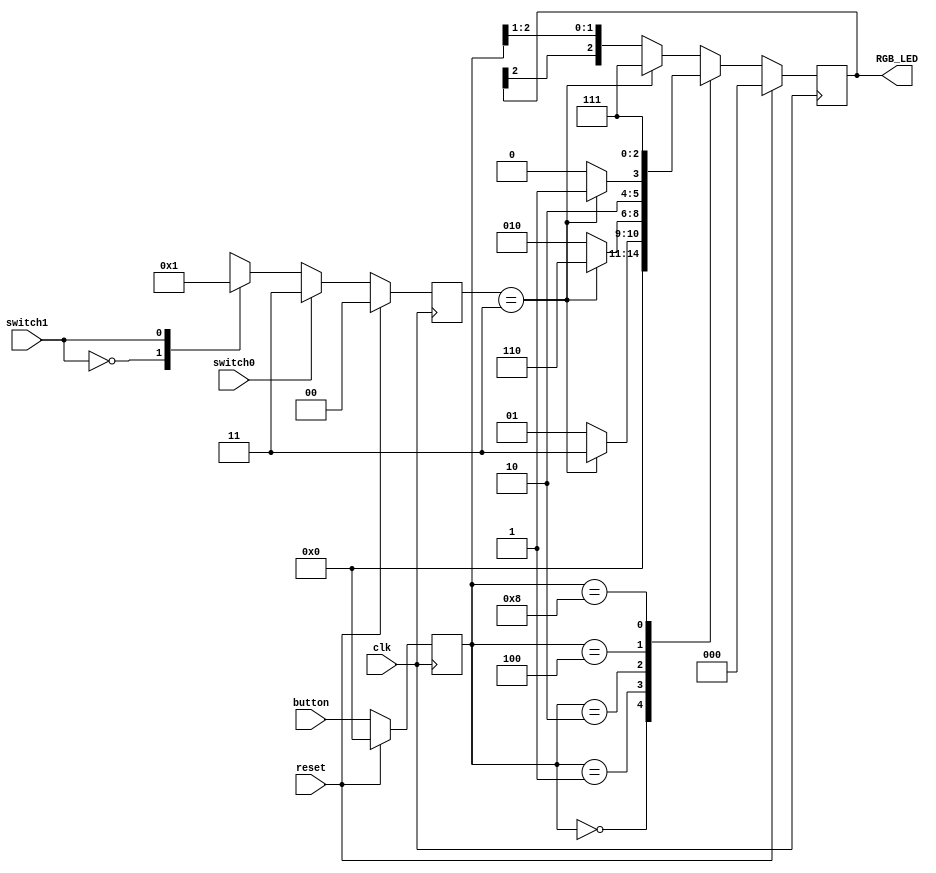
module RGB_LED_control(
  input wire clk,
  input wire reset,
  input wire switch0,
  input wire switch1,
  input wire [3:0] button,
  output reg [2:0] RGB_LED
);

  reg [1:0] led_select;
  reg [3:0] color_select;
  
  always @ (posedge clk) begin
    if (reset) begin
      led_select <= 2'b0;
      color_select <= 4'b0000;
      RGB_LED <= 3'b000;
    end else begin
      if (switch0) begin
        led_select <= 2'b11; // 2-LED display mode
        color_select <= button;
      end else begin
        case (switch1)
          1'b0: begin // select left LED in 1-LED display mode
            led_select <= 2'b00;
            color_select <= button;
          end
          1'b1: begin // select right LED in 1-LED display mode
            led_select <= 2'b01;
            color_select <= button;
          end
        endcase
      end
      
      case (color_select)
        4'b0000: RGB_LED <= 3'b000; // OFF
        4'b0001: RGB_LED <= (led_select == 2'b11) ? 3'b011 : 3'b001; // Blue
        4'b0010: RGB_LED <= (led_select == 2'b11) ? 3'b110 : 3'b010; // Green
        4'b0100: RGB_LED <= (led_select == 2'b11) ? 3'b101 : 3'b100; // Red
        4'b1000: RGB_LED <= (led_select == 2'b11) ? 3'b111 : 3'b111; // White
        default: RGB_LED <= (led_select == 2'b11) ? 3'b111 : {RGB_LED[2], color_select[2:1]}; // Mixed of above
      endcase
    end
  end
  
endmodule